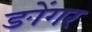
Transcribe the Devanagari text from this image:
ङोंगर